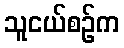
သူငယ်စဉ်က